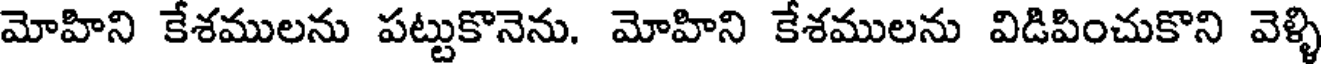
మోహిని కేశములను పట్టుకొనెను. మోహిని కేశములను విడిపించుకొని వెళ్ళి